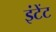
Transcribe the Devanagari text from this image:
इंटेंट